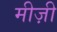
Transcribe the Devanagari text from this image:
मीज़ी